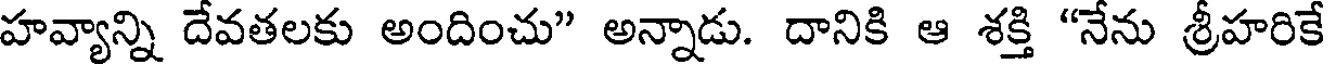
హవ్యాన్ని దేవతలకు అందించు" అన్నాడు. దానికి ఆ శక్తి "నేను శ్రీహరికే